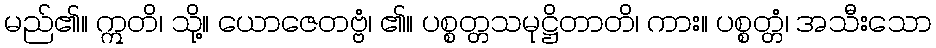
မည်၏။ ဣတိ၊ သို့။ ယောဇေတဗ္ဗံ၊ ၏။ ပစ္စတ္တသမုဋ္ဌိတာတိ၊ ကား။ ပစ္စတ္တံ၊ အသီးသော